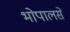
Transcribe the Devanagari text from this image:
भोपालसे